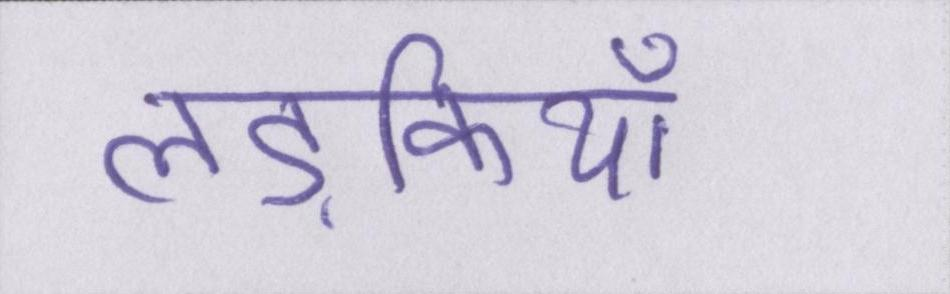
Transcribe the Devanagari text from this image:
लड़कियाँ